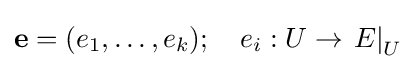
\mathbf {e} =(e_{1},\dots ,e_{k});\quad e_{i}:U\to \left.E\right|_{U}